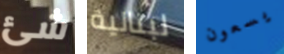
شئ لبنانية يسعون